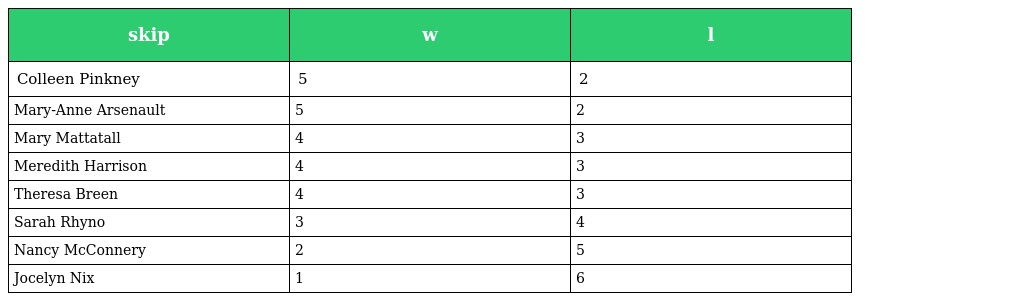
| skip | w | l |
 | --- | --- | --- |
 | Colleen Pinkney | 5 | 2 |
 | Mary-Anne Arsenault | 5 | 2 |
 | Mary Mattatall | 4 | 3 |
 | Meredith Harrison | 4 | 3 |
 | Theresa Breen | 4 | 3 |
 | Sarah Rhyno | 3 | 4 |
 | Nancy McConnery | 2 | 5 |
 | Jocelyn Nix | 1 | 6 |